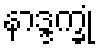
နာဒ္ဒက္ခုံ